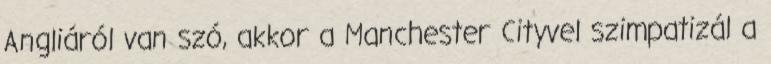
Angliáról van szó, akkor a Manchester Cityvel szimpatizál a